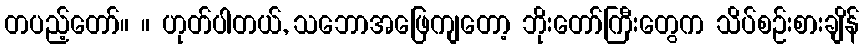
တပည့်တော်။ ။ ဟုတ်ပါတယ်, သဘောအဖြေကျတော့ ဘိုးတော်ကြီးတွေက သိပ်စဉ်းစားချိန်